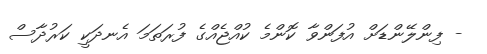
- ފިންލޭންޑަށް އުފަންވާ ކޮންމެ ކުއްޖެއްގެ ފުރަތަމަ އެނދަކީ ކަރުދާސް